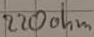
Text: 220ohm